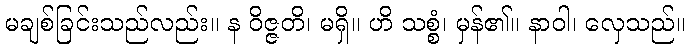
မချစ်ခြင်းသည်လည်း။ န ဝိဇ္ဇတိ၊ မရှိ။ ဟိ သစ္စံ၊ မှန်၏။ နာဝါ၊ လှေသည်။